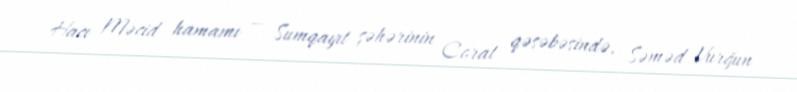
Hacı Məcid hamamı — Sumqayıt şəhərinin Corat qəsəbəsində, Səməd Vurğun